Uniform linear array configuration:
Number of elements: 24
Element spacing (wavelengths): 1
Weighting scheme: blackman
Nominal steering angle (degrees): -45
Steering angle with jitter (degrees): -44.171
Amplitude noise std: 0.05
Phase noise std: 0.05

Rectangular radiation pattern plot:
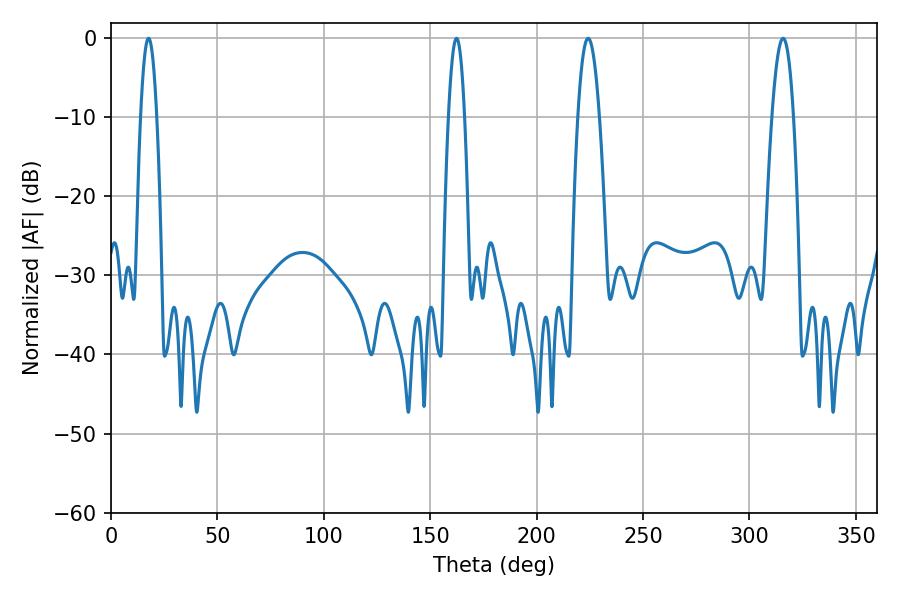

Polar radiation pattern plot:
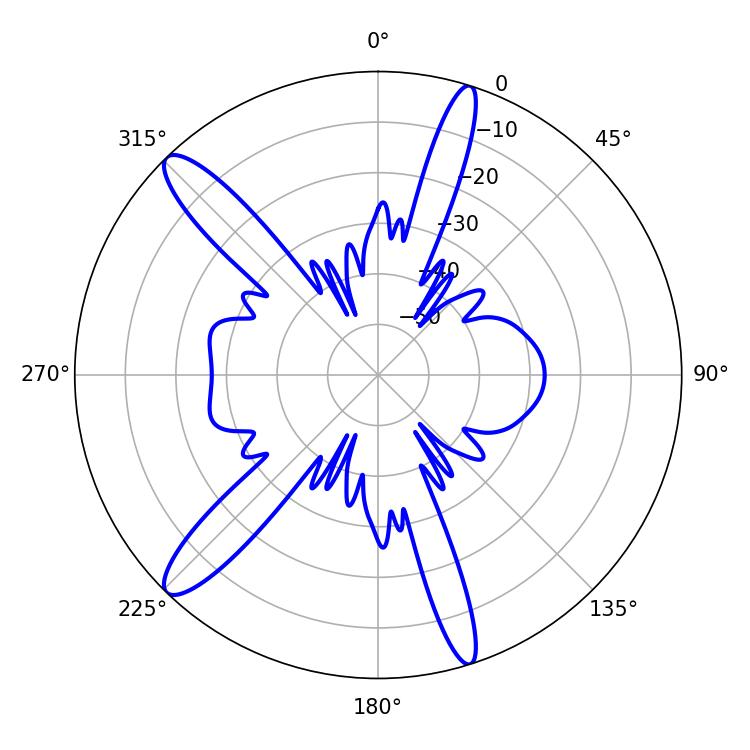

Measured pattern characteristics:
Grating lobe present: TRUE
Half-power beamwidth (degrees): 3.96
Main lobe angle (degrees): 17.64